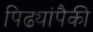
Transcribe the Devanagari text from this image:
पिढ्यांपैकी